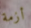
أزمة